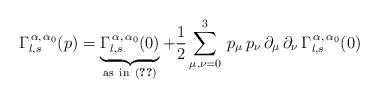
LaTeX: \begin{align*}\Gamma_{l,s}^{\,\alpha,\,\alpha_{0}}(p)=\underbrace{\Gamma_{l,s}^{\,\alpha,\,\alpha_{0}}(0)}_{\rm{as\ in\ (\ref{gao}})}+\frac{1}{2}\sum_{\mu,\nu=0}^{3}\,p_{\mu}\,p_{\nu}\,\partial_{\mu}\,\partial_{\nu}\,\Gamma_{l,s}^{\,\alpha,\,\alpha_{0}}(0)\end{align*}